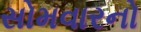
સોમવારનો